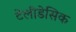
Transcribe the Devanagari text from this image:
टेलीडेसिक